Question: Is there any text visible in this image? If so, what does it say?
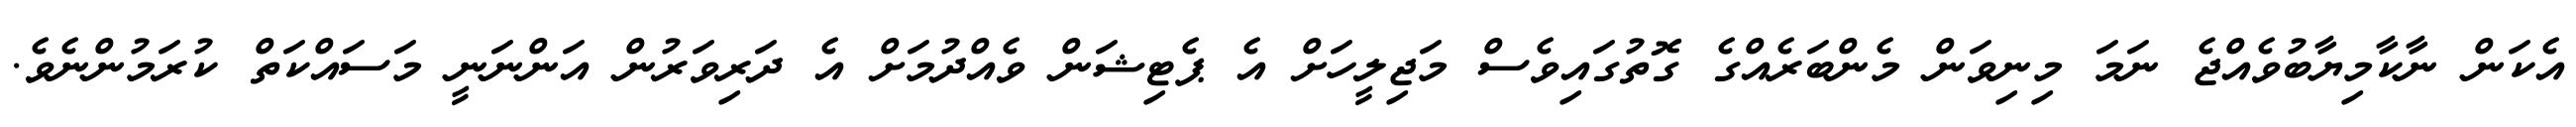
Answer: އެކަން ނާކާމިޔާބުވެއްޖެ ނަމަ މިނިވަން މެންބަރެއްގެ ގޮތުގައިވެސް މަޖިލީހަށް އެ ޕެޓިޝަން ވެއްދުމަށް އެ ދަރިވަރުން އަންނަނީ މަސައްކަތް ކުރަމުންނެވެ.